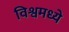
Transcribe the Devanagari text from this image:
विश्वमध्ये